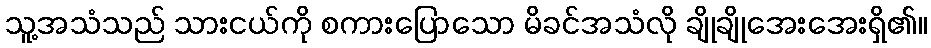
သူ့အသံသည် သားငယ်ကို စကားပြောသော မိခင်အသံလို ချိုချိုအေးအေးရှိ၏။